Problem: 3 × 9 = ?
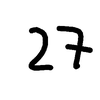
Handwritten answer: 27